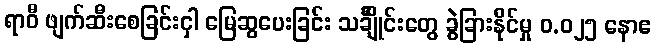
ရာဝီ ဖျက်ဆီးစေခြင်းငှါ မြေဆွပေးခြင်း သင်္ချိုင်းတွေ ခွဲခြားနိုင်မှု ၀.၀၂၅ နောဧ